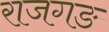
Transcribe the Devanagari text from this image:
राजगङ